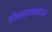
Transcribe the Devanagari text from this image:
डोंगराळप्रदेश